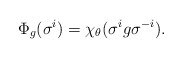
\begin{align*}\Phi_g(\sigma^i) = \chi_\theta(\sigma^ig\sigma^{-i}).\end{align*}